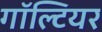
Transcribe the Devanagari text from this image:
गॉल्टियर